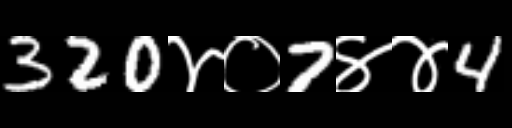
Text: 320४०7४४4